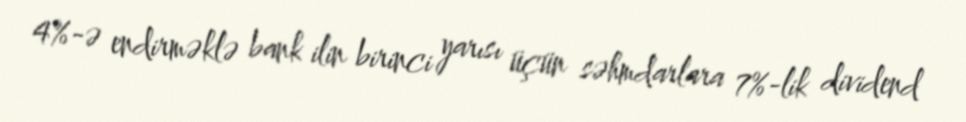
4%-ə endirməklə bank ilin birinci yarısı üçün səhmdarlara 7%-lik dividend